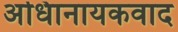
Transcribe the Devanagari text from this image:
अधिानायकवाद